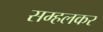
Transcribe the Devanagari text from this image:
सम्हलकर